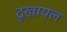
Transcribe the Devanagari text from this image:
दुखायल